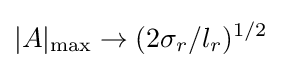
|A|_{\mathrm {max} }\rightarrow (2\sigma _{r}/l_{r})^{1/2}